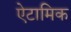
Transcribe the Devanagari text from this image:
ऐटामिक